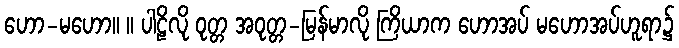
ဟော-မဟော။ ။ ပါဠိလို ဝုတ္တ အဝုတ္တ-မြန်မာလို ကြိယာက ဟောအပ် မဟောအပ်ဟူရာ၌